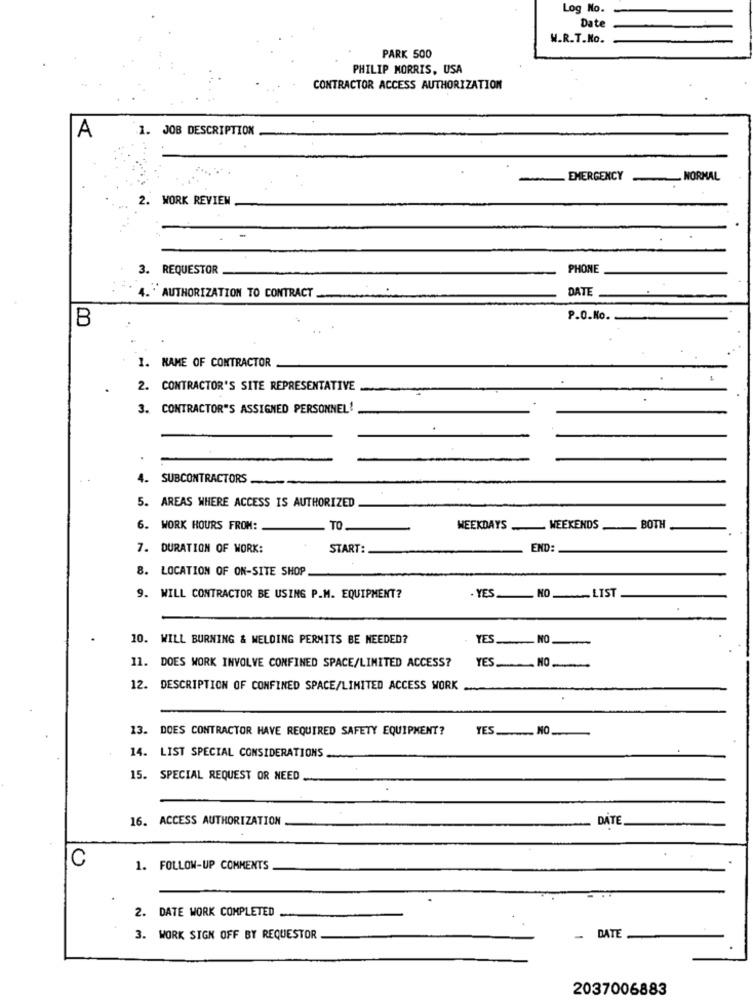
Log No.
Date
W.R.T.No.
PARK 500
PHILIP MORRIS, USA
CONTRACTOR ACCESS AUTHORIZATION
A
JOB DESCRIPTION
EMERGENCY
- NORMAL
WORK REVIEW
3. REQUESTOR
PHONE
DATE
AUTHORIZATION TO CONTRACT
B
P.O.No.
1. NAME OF CONTRACTOR
2. CONTRACTOR'S SITE REPRESENTATIVE
3. CONTRACTOR'S ASSIGNED PERSONNEL!
4. SUBCONTRACTORS
5. AREAS WHERE ACCESS IS AUTHORIZED
6. WORK HOURS FROM:
TO
WEEKDAYS
WEEKENDS
BOTH
7. DURATION OF WORK:
START:
END:
8. LOCATION OF ON-SITE SHOP
-LIST
9. WILL CONTRACTOR BE USING P.M. EQUIPMENT?
. YES
10. WILL BURNING & WELDING PERMITS BE NEEDED?
YES
NO
YES
11. DOES WORK INVOLVE CONFINED SPACE/LIMITED ACCESS?
NO
12. DESCRIPTION OF CONFINED SPACE/LIMITED ACCESS WORK
13. DOES CONTRACTOR HAVE REQUIRED SAFETY EQUIPMENT?
YES.NO
14. LIST SPECIAL CONSIDERATIONS
15. SPECIAL REQUEST OR NEED
16. ACCESS AUTHORIZATION
DATE
C
1. FOLLOW-UP COMMENTS
2. DATE WORK COMPLETED
DATE
3. WORK SIGN OFF BY REQUESTOR
-
2037006883